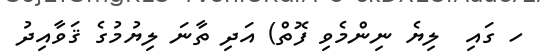
ހ ގައި  ލިޔެ ނިންމެވި ފޮތް) އަދި ތާނަ ލިޔުމުގެ ޤަވާއިދު